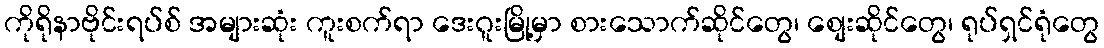
ကိုရိုနာဗိုင်းရပ်စ် အများဆုံး ကူးစက်ရာ ဒေးဂူးမြို့မှာ စားသောက်ဆိုင်တွေ၊ စျေးဆိုင်တွေ၊ ရုပ်ရှင်ရုံတွေ